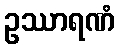
ဥဿာရဏံ